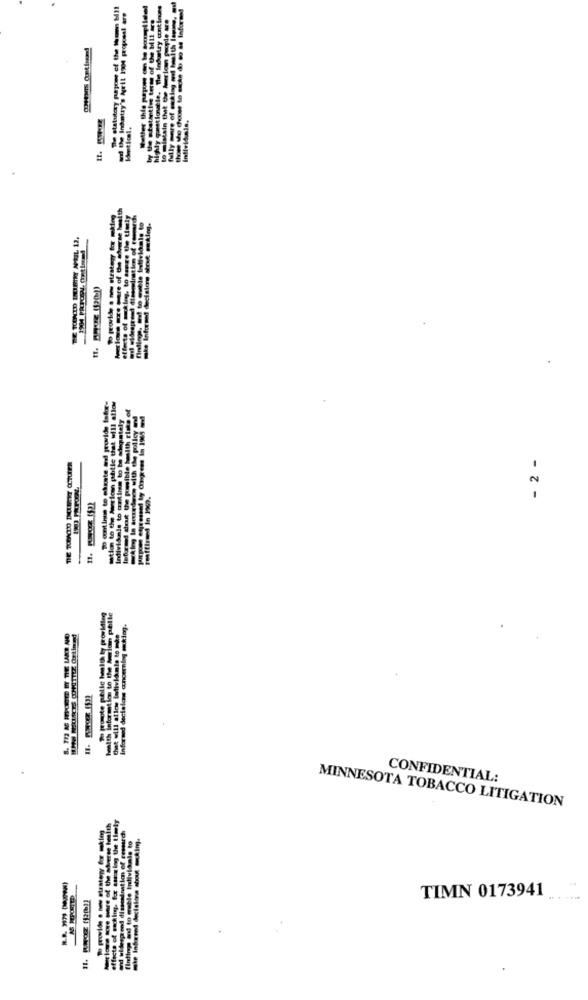
De statutary pepory of the home MIL
. The Inhetry antlee
and the Indatry's Neil 1994 proposal are
by the shetantine terms of the bil ire
to mistain that Give herion
Individuals,
soheticel.
highly gast
To provide a new strategy for maimg
effects of king, to tamre the timely
findings, ant to mueble Individals to
To ontinte to chaste ad provide tofor-
Informed deut Che pomsible health risks of
Individals to contime to b de
- 2 -
To promote pelle health ty providing
health information to the Amicin pelle
Informed decisions concerning smuktog.
CONFIDENTIAL:
MINNESOTA TOBACCO LITIGATION
notice wwe more of the adverse hwith
effects of sacking, for ast ing the time!
finding ai to meble individals to
The Inforend deetalona shout arckim.
TIMN 0173941